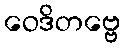
ဝေဒိတဗ္ဗေ